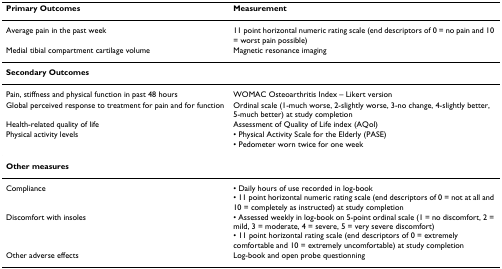
| Primary Outcomes | Measurement |
 | --- | --- |
 | Average pain in the past week | 11 point horizontal numeric rating scale (end descriptors of 0 = no pain and 10 = worst pain possible) |
 | Medial tibial compartment cartilage volume | Magnetic resonance imaging |
 | Secondary Outcomes |  |
 | Pain, stiffness and physical function in past 48 hours | WOMAC Osteoarthritis Index – Likert version |
 | Global perceived response to treatment for pain and for function | Ordinal scale (1-much worse, 2-slightly worse, 3-no change, 4-slightly better, 5-much better) at study completion |
 | Health-related quality of life | Assessment of Quality of Life index (AQol) |
 | Physical activity levels | • Physical Activity Scale for the Elderly (PASE)• Pedometer worn twice for one week |
 | Other measures |  |
 | Compliance | • Daily hours of use recorded in log-book• 11 point horizontal numeric rating scale (end descriptors of 0 = not at all and 10 = completely as instructed) at study completion |
 | Discomfort with insoles | • Assessed weekly in log-book on 5-point ordinal scale (1 = no discomfort, 2 = mild, 3 = moderate, 4 = severe, 5 = very severe discomfort)• 11 point horizontal rating scale (end descriptors of 0 = extremely comfortable and 10 = extremely uncomfortable) at study completion |
 | Other adverse effects | Log-book and open probe questionning |